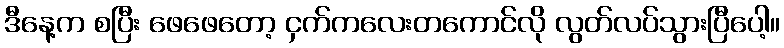
ဒီနေ့က စပြီး ဖေဖေတော့ ငှက်ကလေးတကောင်လို လွတ်လပ်သွားပြီပေါ့။